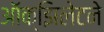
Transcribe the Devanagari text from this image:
ऑक्झिलेटने